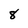
Character: 8